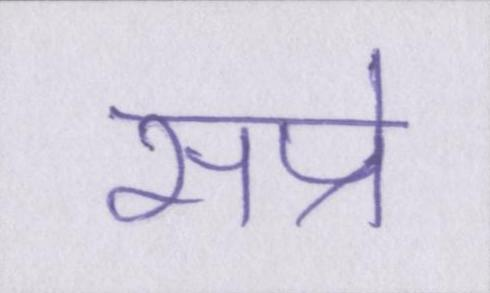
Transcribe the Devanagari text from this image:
सप्रे